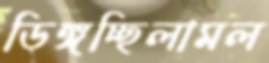
ডিঙ্গচ্ছিলামল